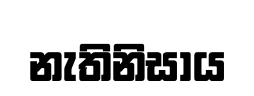
නැතිනිසාය